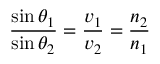
{ \frac { \sin \theta _ { 1 } } { \sin \theta _ { 2 } } } = { \frac { v _ { 1 } } { v _ { 2 } } } = { \frac { n _ { 2 } } { n _ { 1 } } }